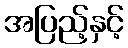
အပြည့်နှင့်